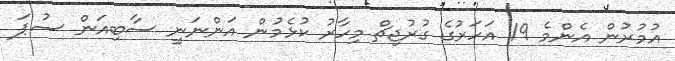
އުމުރުން އެންމެ 19 އަހަރުގެ ގުރުޖިޗް މިހާރު ކުޅެމުން އަންނަނީ ސާބިއަން ސުޕަ